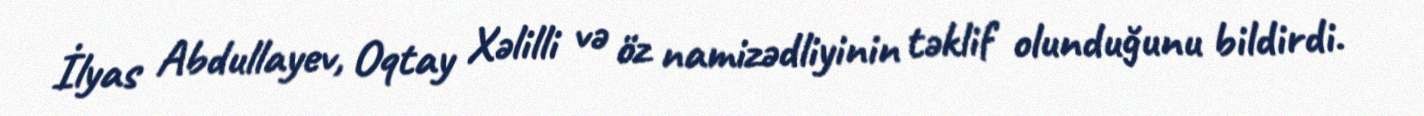
İlyas Abdullayev, Oqtay Xəlilli və öz namizədliyinin təklif olunduğunu bildirdi.